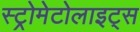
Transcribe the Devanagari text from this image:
स्ट्रोमेटोलाइट्स